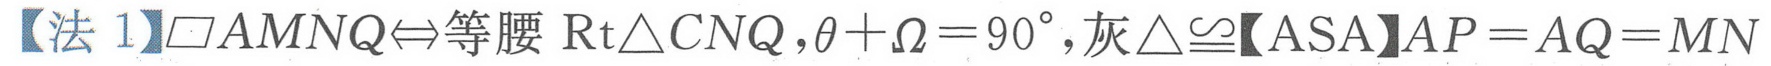
【法 1】$\square AMNQ\Leftrightarrow$等腰$\text{Rt}\triangle CNQ,\theta+\Omega = 90^{\circ},\text{灰}\triangle\cong\text{【ASA】}AP = AQ = MN$